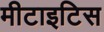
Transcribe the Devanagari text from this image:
मीटाइटिस